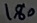
Text: 180